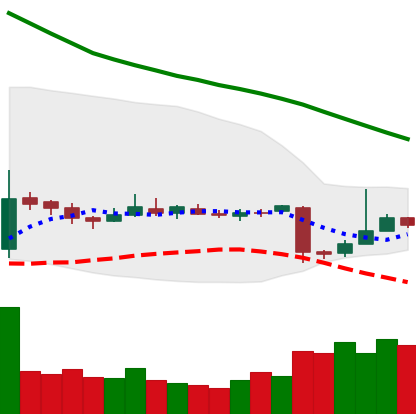
Ticker: EOS-USD
Chart end date: 2018-11-03
Forward return: 3.581%
Label: up_3_5